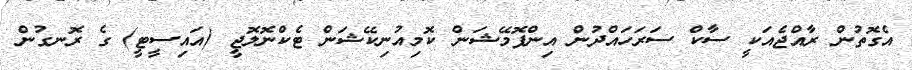
އެގޮތުން ރާއްޖެއަކީ ސާކް ސަަރަހައްދުން އިންފޮމޭޝަން ކޮމިއުނިކޭޝަން ޓެކްނޮލޮޖީ (އައިސީޓީ) ގެ ރޮނގުން